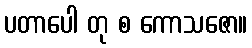
ပတာပေါ တု စ ကောသဇော။